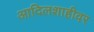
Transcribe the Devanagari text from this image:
आदिलशाहीवर